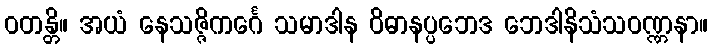
ဝတန္တိ။ အယံ နေသဇ္ဇိကင်္ဂေ သမာဒါန ဝိဓာနပ္ပဘေဒ ဘေဒါနိသံသဝဏ္ဏနာ။